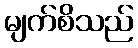
မျက်စိသည်